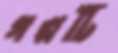
গল্পটি